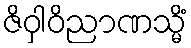
ဇိဝှါဝိညာဏသ္မိံ